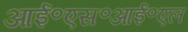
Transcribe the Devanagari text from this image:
आई॰एस॰आई॰एल